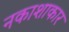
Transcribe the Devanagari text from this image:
नकाशाकार